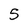
Character: 5